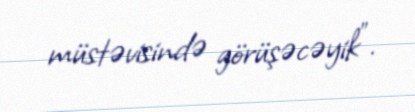
müstəvisində görüşəcəyik".